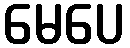
မေပေ